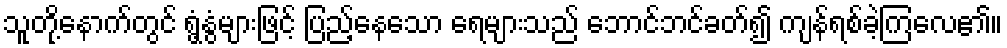
သူတို့နောက်တွင် ရွံ့နွံများဖြင့် ပြည့်နေသော ရေများသည် ဘောင်ဘင်ခတ်၍ ကျန်ရစ်ခဲ့ကြလေ၏။